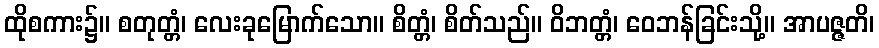
ထိုစကား၌။ စတုတ္တံ၊ လေးခုမြောက်သော။ စိတ္တံ၊ စိတ်သည်။ ဝိဘတ္တံ၊ ဝေဘန်ခြင်းသို့။ အာပဇ္ဇတိ၊